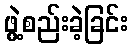
ဖွဲ့စည်းခဲ့ခြင်း